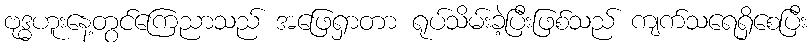
ဗုဒ္ဓဟူးနေ့တွင်ကြေညာသည် အဖြေရှာတာ ရုပ်သိမ်းခဲ့ပြီးဖြစ်သည် ကျက်သရေရှိစေပြီး